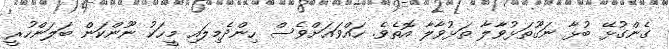
ގެންގުޅޭ ބުޅާ ނަގޫތަޅުވާލާ ތަޅުވާލާ އޮތެވެ. ހައްވައަށްވެސް ހިންދެމިލައި މީހަކު ނޫންކަން ބަލަންހުރީ